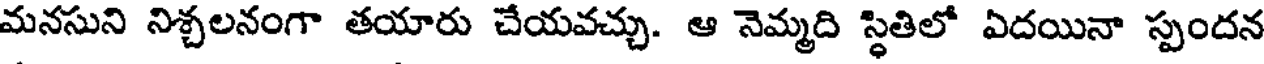
మనసుని నిశ్చలనంగా తయారు చేయవచ్చు. ఆ నెమ్మది స్థితిలో ఏదయినా స్పందన